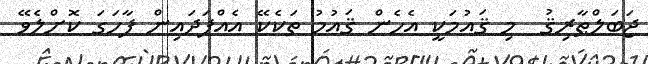
ޖަބަލްޠާރިޤު  މި ޤައުމަކީ އެހެން ޤައުމު ތަކެކޭ އެއްފަދައިން ފާހަގަ ކޮށްލެވޭ